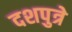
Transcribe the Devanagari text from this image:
दशपुत्रे